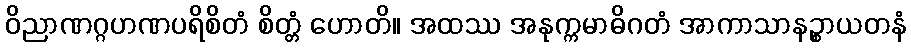
ဝိညာဏဂ္ဂဟဏပရိစိတံ စိတ္တံ ဟောတိ။ အထဿ အနုက္ကမာဓိဂတံ အာကာသာနဉ္စာယတနံ